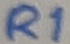
Text: R1